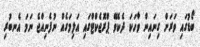
ބޯޑުގައި ވަރަށް ގިނައިން ވާހަކަ ދެކެވޭ ޕްރޮޖެކްޓްގައި އަލިމަގެއް ނުފެނިއްޖެ ނަމަ އެނބުރި